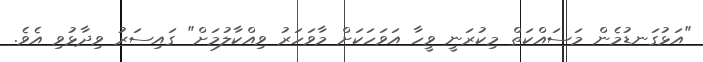
"އަޅުގަނޑުމެން މަސައްކަތް މިކުރަނީ ވީހާ އަވަހަކަށް މާވަހަރު ވިއްކާލުމަށް" ގައިސަރު ވިދާޅުވި އެވެ.